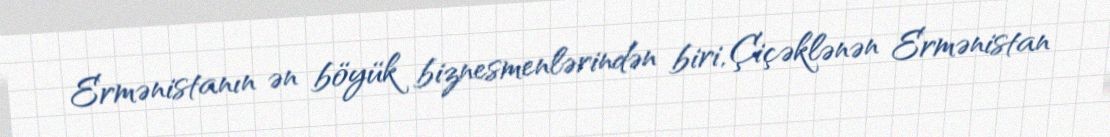
Ermənistanın ən böyük biznesmenlərindən biri, Çiçəklənən Ermənistan